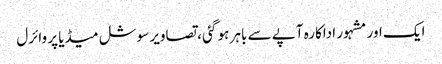
ایک اور مشہور اداکارہ آپے سے باہر ہو گئی ، تصاویر سوشل میڈیا پر وائرل